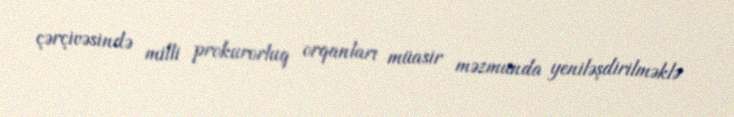
çərçivəsində milli prokurorluq orqanları müasir məzmunda yeniləşdirilməklə